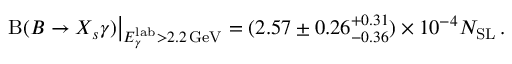
\mathrm { B } ( B \to X _ { s } \gamma ) \big | _ { E _ { \gamma } ^ { \mathrm { l a b } } > 2 . 2 \, \mathrm { G e V } } = ( 2 . 5 7 \pm 0 . 2 6 _ { - 0 . 3 6 } ^ { + 0 . 3 1 } ) \times 1 0 ^ { - 4 } N _ { \mathrm { S L } } \, .